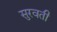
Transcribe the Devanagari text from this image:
सुरवती